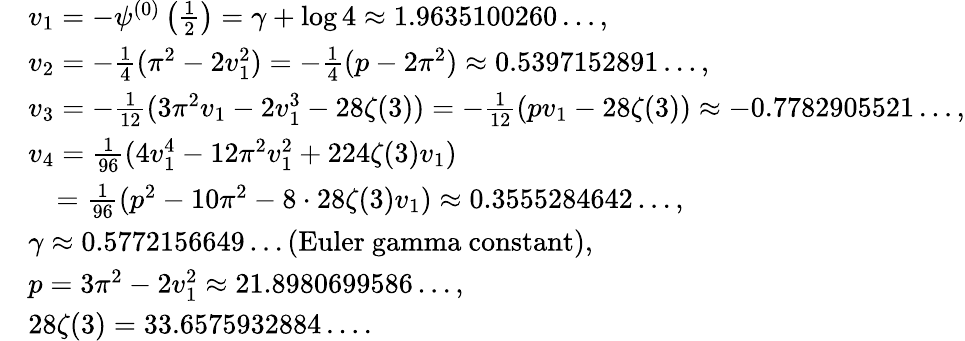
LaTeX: \begin{array}{rl}&{v_{1}=-\psi^{(0)}\left(\frac 12\right)=\gamma+\log 4\approx 1.9635100260\dots,}\\ &{v_{2}=-\frac 14(\pi^{2}-2v_{1}^{2})=-\frac 14(p-2\pi^{2})\approx 0.5397152891\dots,}\\ &{v_{3}=-\frac 1{12}(3\pi^{2}v_{1}-2v_{1}^{3}-28\zeta(3))=-\frac 1{12}(pv_{1}-28\zeta(3))\approx-0.7782905521\dots,}\\ &{v_{4}=\frac 1{96}(4v_{1}^{4}-12\pi^{2}v_{1}^{2}+224\zeta(3)v_{1})}\\ &{\quad=\frac 1{96}(p^{2}-10\pi^{2}-8\cdot 28\zeta(3)v_{1})\approx 0.3555284642\dots,}\\ &{\gamma\approx 0.5772156649\dots\mathrm{(Euler~gamma~constant)},}\\ &{p=3\pi^{2}-2v_{1}^{2}\approx 21.8980699586\dots,}\\ &{28\zeta(3)=33.6575932884\dots.}\end{array}